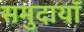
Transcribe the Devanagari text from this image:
समुदायॉ